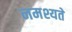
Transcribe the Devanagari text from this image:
नमश्यते